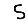
Digit: 5